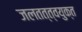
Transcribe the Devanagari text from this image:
जलतत्त्वयुक्त